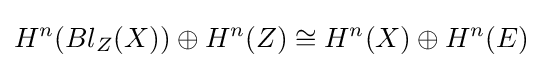
H^{n}(Bl_{Z}(X))\oplus H^{n}(Z)\cong H^{n}(X)\oplus H^{n}(E)